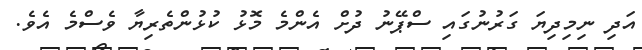
އަދި ނިމިދިޔަ ގަރުނުގައި ސްޕޭނު ދުށް އެންމެ މޮޅު ކުޅުންތެރިޔާ ވެސްމެ އެވެ.